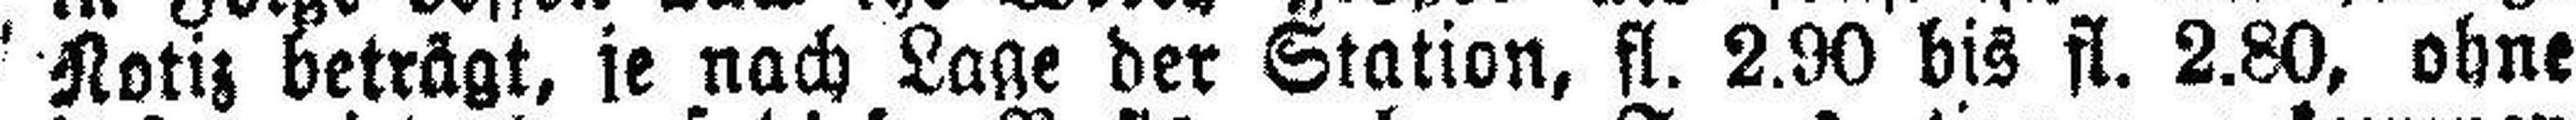
Notiz beträgt, je nach Lage der Station, fl. 2.90 bis fl. 2.80, ohne